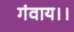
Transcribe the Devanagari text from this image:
गंवाय।।